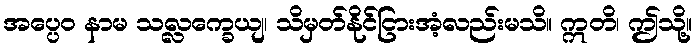
အပ္ပေဝ နာမ သလ္လက္ခေယျ၊ သိမှတ်နိုင်ငြားအံ့လည်းမသိ။ ဣတိ၊ ဤသို့။